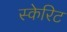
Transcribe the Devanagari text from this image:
स्केरिट